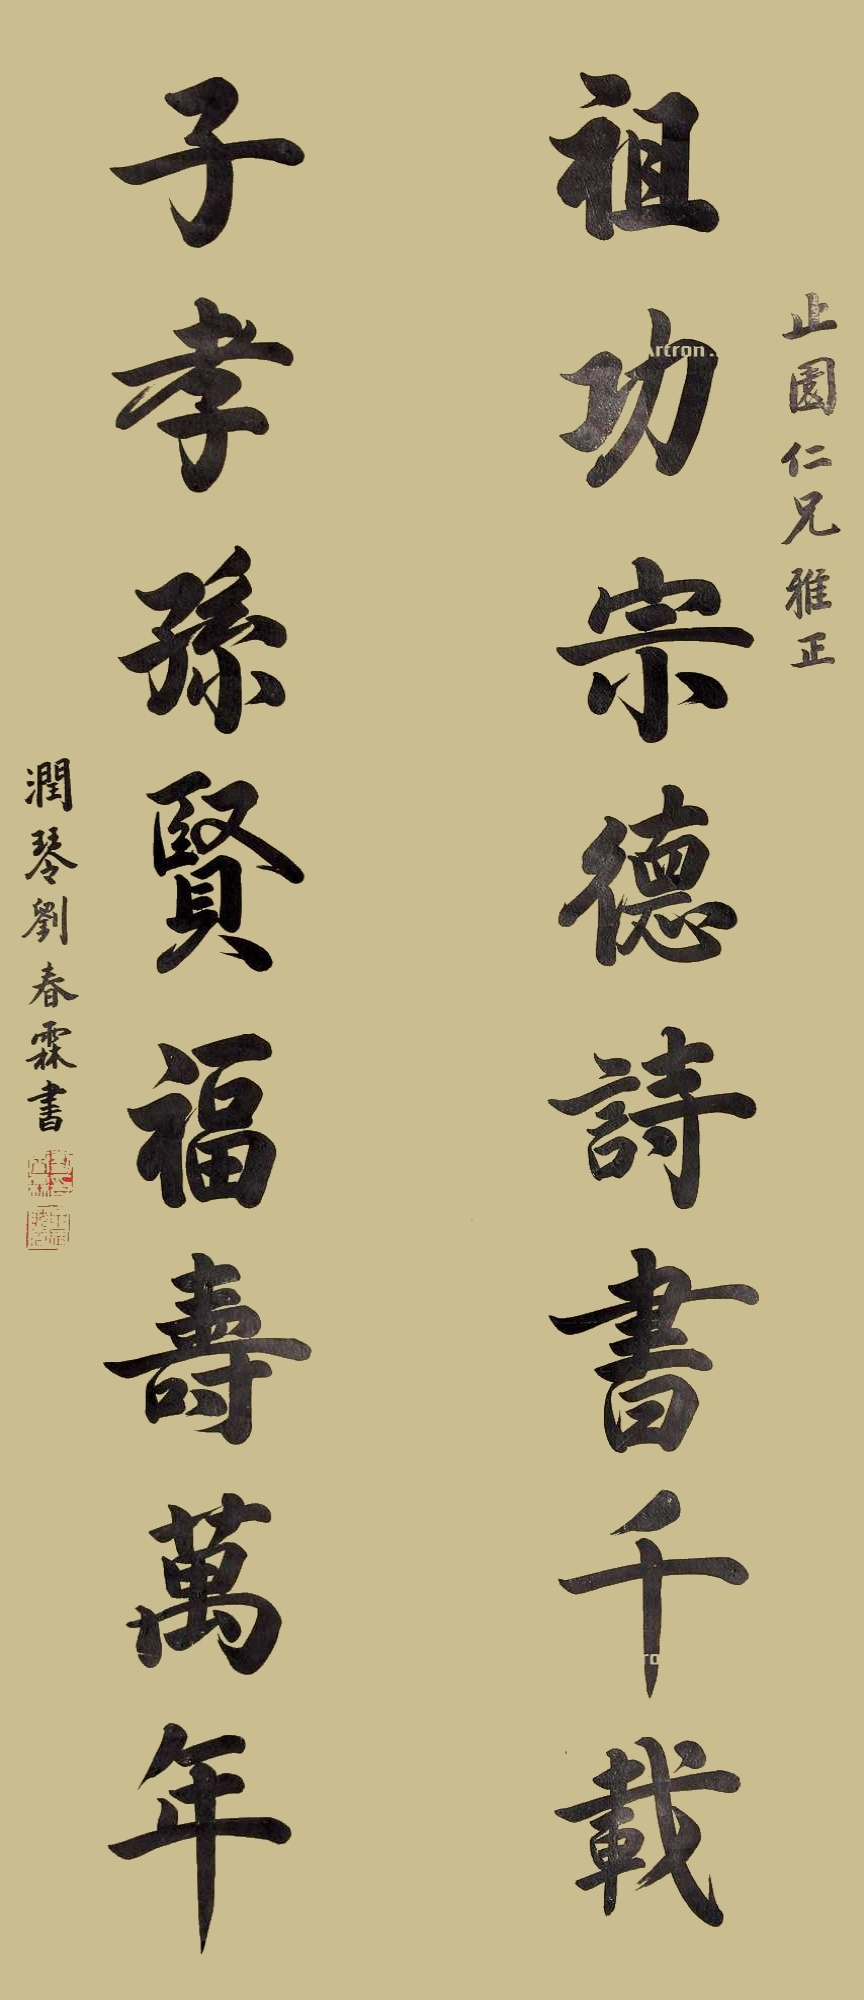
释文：祖功宗德诗书千载，子孝孙贤福寿万年。止园仁兄雅正，润琴刘春霖书。